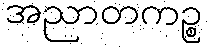
အညာတကဉ္စ